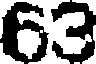
63